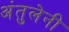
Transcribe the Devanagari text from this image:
अंतुलेनी